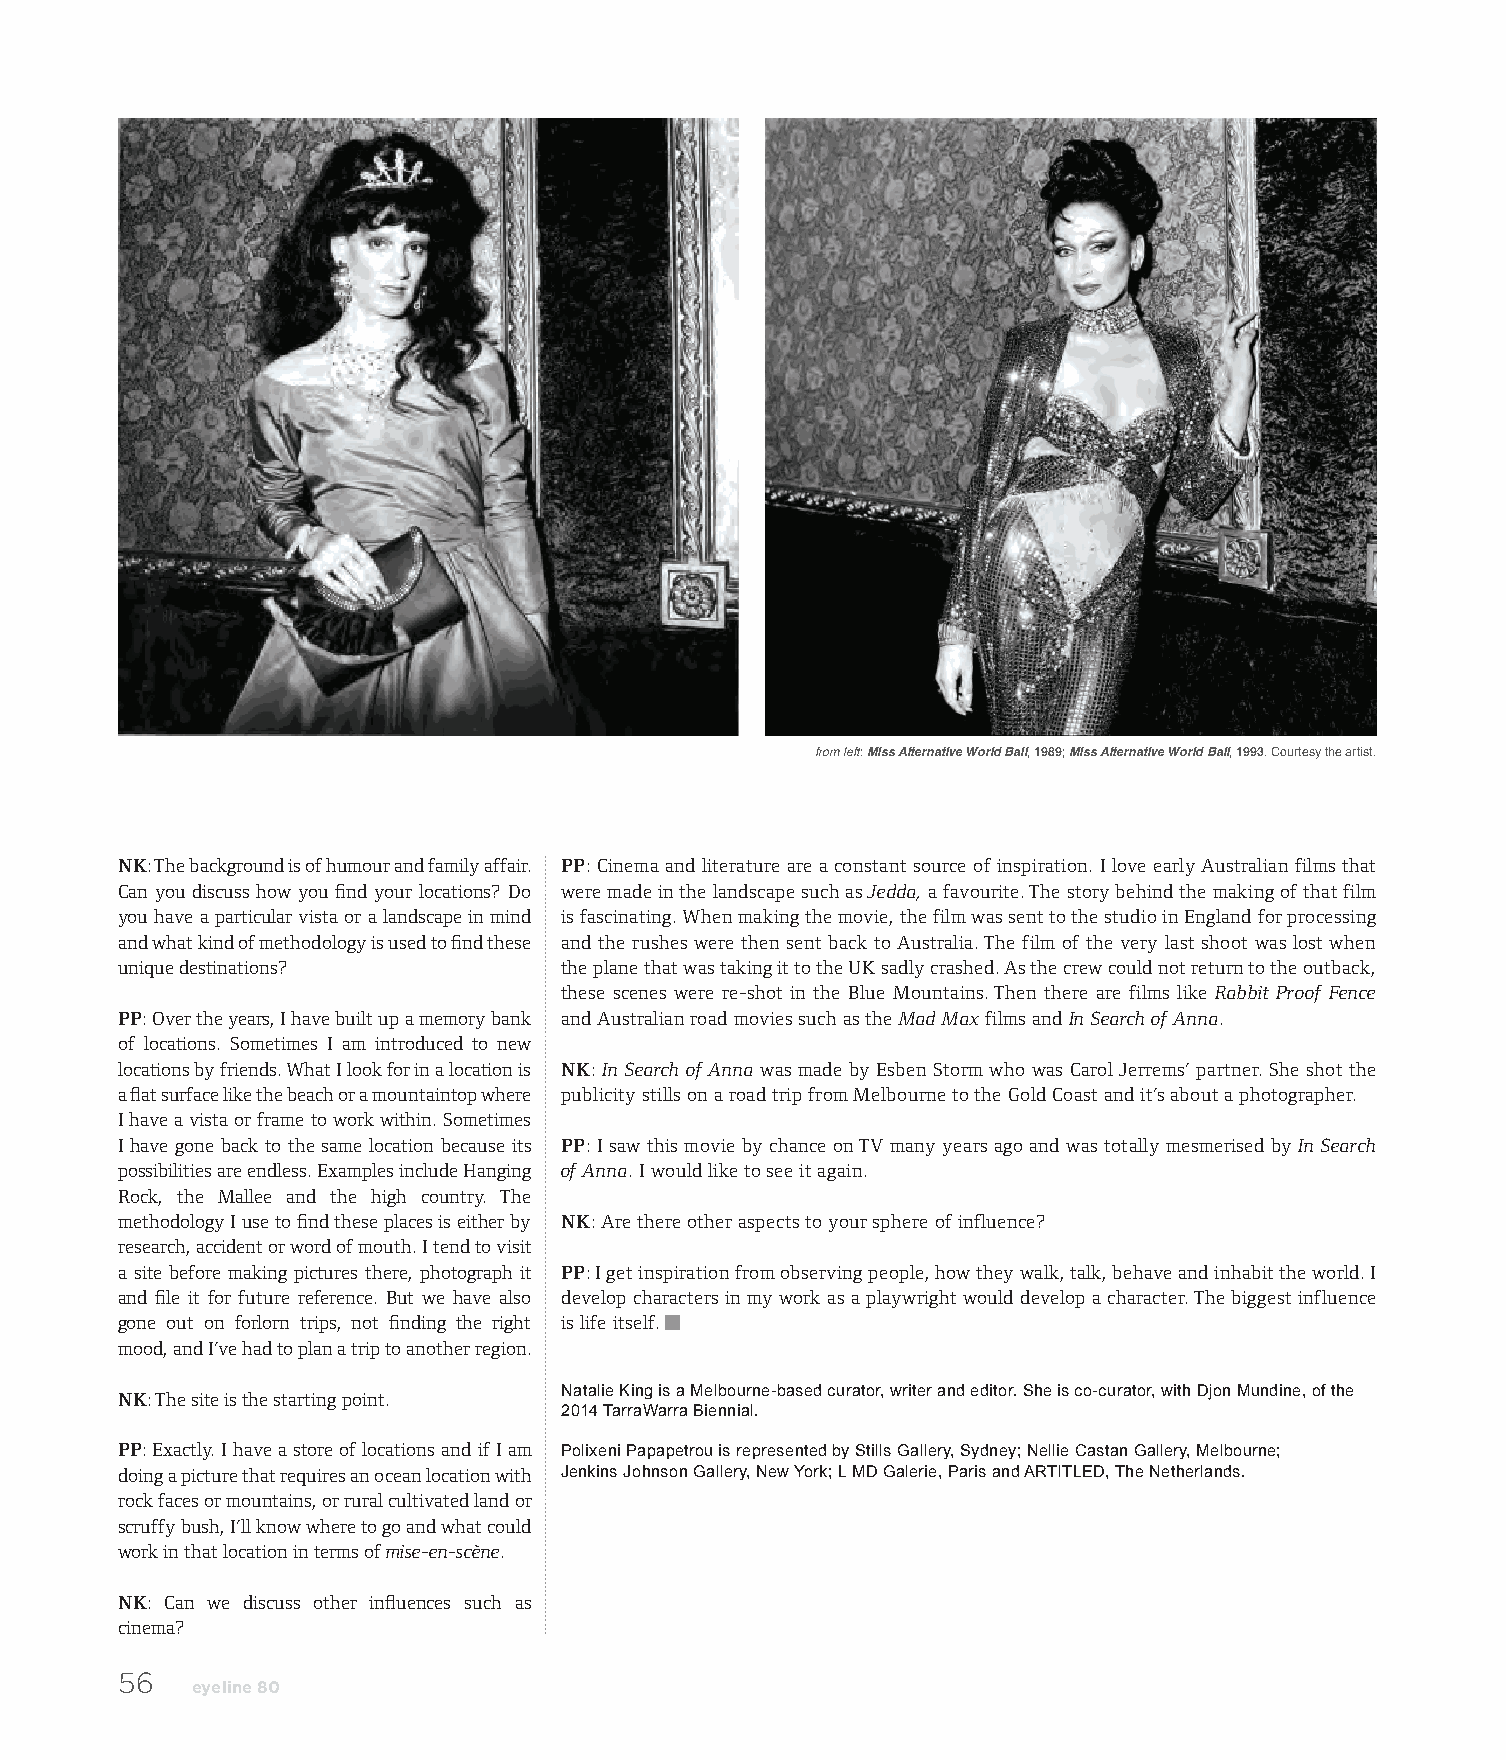
from left: Miss Alternative World Ball, 1989; Miss Alternative World Ball, 1993. Courtesy the artist.
 NK: The background is of humour and family affair. PP: Cinema and literature are a constant source of inspiration. I love early Australian films that
 Can you discuss how you find your locations? Do were made in the landscape such as Jedda, a favourite. The story behind the making of that film
 you have a particular vista or a landscape in mind is fascinating. When making the movie, the film was sent to the studio in England for processing
 and what kind of methodology is used to find these and the rushes were then sent back to Australia. The film of the very last shoot was lost when
 unique destinations?         the plane that was taking it to the UK sadly crashed. As the crew could not return to the outback,
 these scenes were re-shot in the Blue Mountains. Then there are films like Rabbit Proof Fence
 PP: Over the years, I have built up a memory bank and Australian road movies such as the Mad Max films and In Search of Anna.
 of locations. Sometimes I am introduced to new
 locations by friends. What I look for in a location is NK: In Search of Anna was made by Esben Storm who was Carol Jerrems’ partner. She shot the
 a flat surface like the beach or a mountaintop where publicity stills on a road trip from Melbourne to the Gold Coast and it’s about a photographer.
 I have a vista or frame to work within. Sometimes
 I have gone back to the same location because its PP: I saw this movie by chance on TV many years ago and was totally mesmerised by In Search
 possibilities are endless. Examples include Hanging of Anna. I would like to see it again.
 Rock, the Mallee and the high country. The
 methodology I use to find these places is either by NK: Are there other aspects to your sphere of influence?
 research, accident or word of mouth. I tend to visit
 a site before making pictures there, photograph it PP: I get inspiration from observing people, how they walk, talk, behave and inhabit the world. I
 and file it for future reference. But we have also develop characters in my work as a playwright would develop a character. The biggest influence
 gone out on forlorn trips, not finding the right is life itself.
 mood, and I’ve had to plan a trip to another region.
 NK: The site is the starting point. Natalie King is a Melbourne-based curator, writer and editor. She is co-curator, with Djon Mundine, of the
 2014 TarraWarra Biennial.
 PP: Exactly. I have a store of locations and if I am Polixeni Papapetrou is represented by Stills Gallery, Sydney; Nellie Castan Gallery, Melbourne;
 doing a picture that requires an ocean location with Jenkins Johnson Gallery, New York; L MD Galerie, Paris and ARTITLED, The Netherlands.
 rock faces or mountains, or rural cultivated land or
 scruffy bush, I’ll know where to go and what could
 work in that location in terms of mise-en-scène.
 NK: Can we discuss other influences such as
 cinema?
 56
 eyeline 80